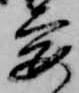
要